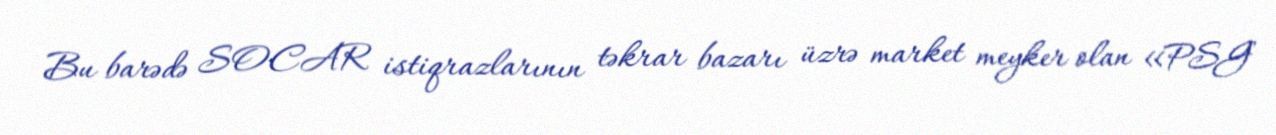
Bu barədə SOCAR istiqrazlarının təkrar bazarı üzrə market meyker olan «PSG